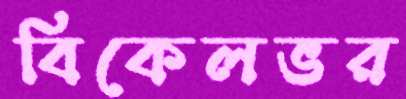
বিকেলভর